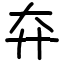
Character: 㚏